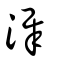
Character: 漽